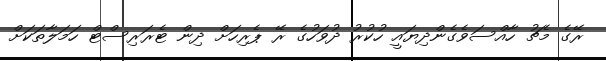
ރޭގެ މެޗު ހާއްސަވެގެންދިޔައީ ހުކުރު ދުވަހުގެ ރޭ ޕެރިހަށް ދިން ޓެރަރިސްޓް ހަމަލާތަކަށް